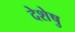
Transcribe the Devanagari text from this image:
देशेषु